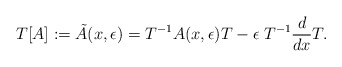
\begin{align*} T[A]:= \tilde{A}(x, \epsilon)= T^{-1} A(x, \epsilon) T - \epsilon \;T^{-1} \frac{d}{dx}{T} .\end{align*}